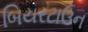
બિયરટાઉન